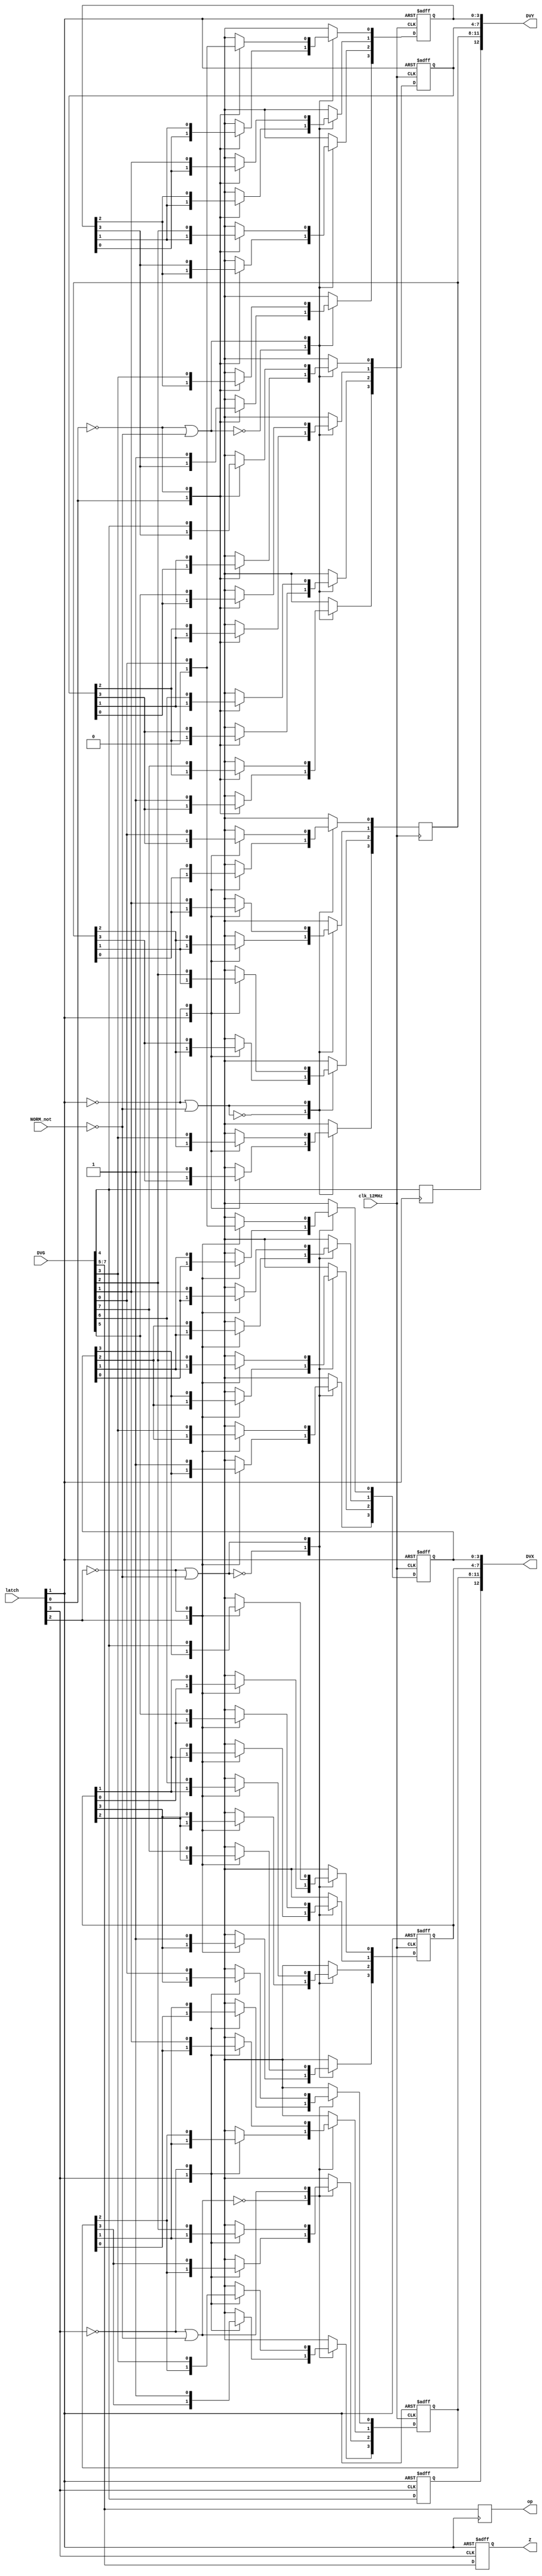
`timescale 1ns / 1ps
//////////////////////////////////////////////////////////////////////////////////
// Company: 
// Engineer: 
// 
// Design Name: 
// Module Name:    vg_data_shifter 
// Project Name: 
// Target Devices: 
// Tool versions: 
// Description: 
//
// Dependencies: 
//
// Revision: 
// Revision 0.01 - File Created
// Additional Comments: 
//
//////////////////////////////////////////////////////////////////////////////////
module vg_data_shifter(
	input [7:0] DVG,
	input [3:0] latch,
	input NORM_not,
	input clk_12MHz,
	output reg [12:0] DVX,
	output reg [12:0] DVY,
	output reg [2:0] op,
	output reg [2:0] Z
   );

	reg S1_1, S1_2, S1_3, S1_4, S1_5, S1_6; 
	reg S0_1, S0_2, S0_3, S0_4, S0_5, S0_6;

	// Shifter Control Logic
	always @(latch or NORM_not) begin
		S1_1 = (~latch[1])|(~NORM_not);
		S0_1 = ~latch[1];
		
		S1_2 = (~latch[0])|(~NORM_not);
		S0_2 = ~latch[0];
		
		S1_3 = (~latch[0])|(~NORM_not);
		S0_3 = ~latch[0];
	
		S1_4 = (~latch[3])|(~NORM_not);
		S0_4 = ~latch[3];
		
		S1_5 = (~latch[2])|(~NORM_not);
		S0_5 = ~latch[2];
		
		S1_6 = (~latch[2])|(~NORM_not);
		S0_6 = ~latch[2];
		end

	// Latch 1
	always @(posedge latch[1]) begin
		DVY[12] <= DVG[4];
		op[0] <= DVG[5];
		op[1] <= DVG[6];
		op[2] <= DVG[7];
		end // End Latch 1
		
	// Latch 2
	always @(posedge latch[3] or negedge latch[1]) begin
		if (~latch[1]) begin
			DVX[12] <= 0;
			Z[0] <= 0;
			Z[1] <= 0;
			Z[2] <= 0;
			end
		else begin
			DVX[12] <= DVG[4];
			Z[0] <= DVG[5];
			Z[1] <= DVG[6];
			Z[2] <= DVG[7];
			
			end
		end // End Latch 2
	 
	// Shift Register 1
	always @(posedge clk_12MHz) begin
		case (S1_1) 
			0: 	begin
				case (S0_1)
					0: 	begin		// Hold
						DVY[8] <= DVY[8];
						DVY[9] <= DVY[9];
						DVY[10] <= DVY[10];
						DVY[11] <= DVY[11];
						end
					1:	begin		// Shift Right
						DVY[8] <= DVY[9];
						DVY[9] <= DVY[10];
						DVY[10] <= DVY[11];
						DVY[11] <= 1;
						end
				endcase
				end
			1:	begin
				case (S0_1)
					0:	begin		// Shift Left
						DVY[8] <= DVY[7];
						DVY[9] <= DVY[8];
						DVY[10] <= DVY[9];
						DVY[11] <= DVY[10];
						end
					1: 	begin		// Latch
						DVY[8] <= DVG[0];
						DVY[9] <= DVG[1];
						DVY[10] <= DVG[2];
						DVY[11] <= DVG[3];
						end
				endcase
				end
			endcase
		end // End Shift Register 1
		
	// Shift Register 2
	always @(posedge clk_12MHz or negedge latch[1]) begin
		if (~latch[1]) begin
			DVY[4] <= 0;
			DVY[5] <= 0;
			DVY[6] <= 0;
			DVY[7] <= 0;
			end
		else begin
			case (S1_2) 
				0: 	begin
					case (S0_2)
						0: 	begin		// Hold
							DVY[4] <= DVY[4];
							DVY[5] <= DVY[5];
							DVY[6] <= DVY[6];
							DVY[7] <= DVY[7];
							end
						1:	begin		// Shift Right
							DVY[4] <= DVY[5];
							DVY[5] <= DVY[6];
							DVY[6] <= DVY[7];
							DVY[7] <= 1;
							end
					endcase
					end
				1:	begin
					case (S0_2)
						0:	begin		// Shift Left
							DVY[4] <= DVY[3];
							DVY[5] <= DVY[4];
							DVY[6] <= DVY[5];
							DVY[7] <= DVY[6];
							end
						1: 	begin		// Latch
							DVY[4] <= DVG[4];
							DVY[5] <= DVG[5];
							DVY[6] <= DVG[6];
							DVY[7] <= DVG[7];
							end
					endcase
					end
			endcase
			end
		end // End Shift Register 2

	// Shift Register 3
	always @(posedge clk_12MHz or negedge latch[1]) begin
		if (~latch[1]) begin
			DVY[0] <= 0;
			DVY[1] <= 0;
			DVY[2] <= 0;
			DVY[3] <= 0;
			end
		else begin
			case (S1_3) 
				0: 	begin
					case (S0_3)
						0: 	begin		// Hold
							DVY[0] <= DVY[0];
							DVY[1] <= DVY[1];
							DVY[2] <= DVY[2];
							DVY[3] <= DVY[3];
							end
						1:	begin		// Shift Right
							DVY[0] <= DVY[1];
							DVY[1] <= DVY[2];
							DVY[2] <= DVY[3];
							DVY[3] <= 1;
							end
					endcase
					end
				1:	begin
					case (S0_3)
						0:	begin		// Shift Left
							DVY[0] <= 0;
							DVY[1] <= DVY[0];
							DVY[2] <= DVY[1];
							DVY[3] <= DVY[2];
							end
						1: 	begin		// Latch
							DVY[0] <= DVG[0];
							DVY[1] <= DVG[1];
							DVY[2] <= DVG[2];
							DVY[3] <= DVG[3];
							end
					endcase
					end
			endcase
			end
		end // End Shift Register 3
		
	// Shift Register 4	
	always @(posedge clk_12MHz or negedge latch[1]) begin
		if (~latch[1]) begin
			DVX[8] <= 0;
			DVX[9] <= 0;
			DVX[10] <= 0;
			DVX[11] <= 0;
			end
		else begin
			case (S1_4) 
				0: 	begin
					case (S0_4)
						0: 	begin		// Hold
							DVX[8] <= DVX[8];
							DVX[9] <= DVX[9];
							DVX[10] <= DVX[10];
							DVX[11] <= DVX[11];
							end
						1:	begin		// Shift Right
							DVX[8] <= DVX[9];
							DVX[9] <= DVX[10];
							DVX[10] <= DVX[11];
							DVX[11] <= 1;
							end
					endcase
					end
				1:	begin
					case (S0_4)
						0:	begin		// Shift Left
							DVX[8] <= DVX[7];
							DVX[9] <= DVX[8];
							DVX[10] <= DVX[9];
							DVX[11] <= DVX[10];
							end
						1: 	begin		// Latch
							DVX[8] <= DVG[0];
							DVX[9] <= DVG[1];
							DVX[10] <= DVG[2];
							DVX[11] <= DVG[3];
							end
					endcase
					end
			endcase
			end
		end // End Shift Register 4

	// Shift Register 5
	always @(posedge clk_12MHz or negedge latch[1]) begin
		if (~latch[1]) begin
			DVX[4] <= 0;
			DVX[5] <= 0;
			DVX[6] <= 0;
			DVX[7] <= 0;
			end
		else begin
			case (S1_5) 
				0: 	begin
					case (S0_5)
						0: 	begin		// Hold
							DVX[4] <= DVX[4];
							DVX[5] <= DVX[5];
							DVX[6] <= DVX[6];
							DVX[7] <= DVX[7];
							end
						1:	begin		// Shift Right
							DVX[4] <= DVX[5];
							DVX[5] <= DVX[6];
							DVX[6] <= DVX[7];
							DVX[7] <= 1;
							end
					endcase
					end
				1:	begin
					case (S0_5)
						0:	begin		// Shift Left
							DVX[4] <= DVX[3];
							DVX[5] <= DVX[4];
							DVX[6] <= DVX[5];
							DVX[7] <= DVX[6];
							end
						1: 	begin		// Latch
							DVX[4] <= DVG[4];
							DVX[5] <= DVG[5];
							DVX[6] <= DVG[6];
							DVX[7] <= DVG[7];
							end
					endcase
					end
			endcase
			end
		end // End Shift Register 5

	// Shift Register 6
	always @(posedge clk_12MHz or negedge latch[1]) begin
		if (~latch[1]) begin
			DVX[0] <= 0;
			DVX[1] <= 0;
			DVX[2] <= 0;
			DVX[3] <= 0;
			end
		else begin
			case (S1_6) 
				0: 	begin
					case (S0_6)
						0: 	begin		// Hold
							DVX[0] <= DVX[0];
							DVX[1] <= DVX[1];
							DVX[2] <= DVX[2];
							DVX[3] <= DVX[3];
							end
						1:	begin		// Shift Right
							DVX[0] <= DVX[1];
							DVX[1] <= DVX[2];
							DVX[2] <= DVX[3];
							DVX[3] <= 1;
							end
					endcase
					end
				1:	begin
					case (S0_6)
						0:	begin		// Shift Left
							DVX[0] <= 0;
							DVX[1] <= DVX[0];
							DVX[2] <= DVX[1];
							DVX[3] <= DVX[2];
							end
						1: 	begin		// Latch
							DVX[0] <= DVG[0];
							DVX[1] <= DVG[1];
							DVX[2] <= DVG[2];
							DVX[3] <= DVG[3];
							end
					endcase
					end
			endcase
			end
		end // End Shift Register 6
		
endmodule